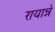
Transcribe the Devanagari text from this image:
रायान्ने